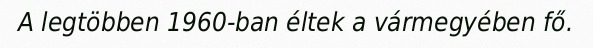
A legtöbben 1960-ban éltek a vármegyében fő.